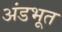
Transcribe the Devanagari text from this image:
अंडभूत